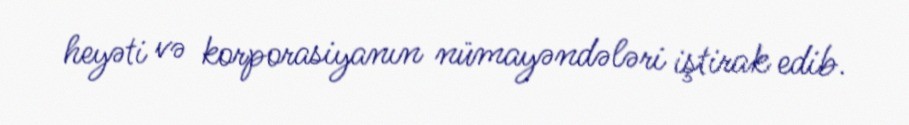
heyəti və korporasiyanın nümayəndələri iştirak edib.